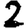
Digit: 2